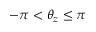
- \pi < \theta _ { z } \leq \pi